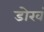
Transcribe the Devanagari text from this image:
डोखं